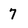
Character: 7